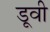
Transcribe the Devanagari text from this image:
डूवी